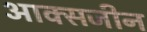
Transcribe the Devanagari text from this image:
आक्सजीन